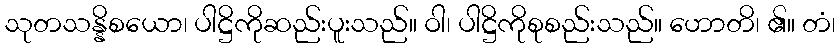
သုတသန္နိစယော၊ ပါဋ္ဌိကိုဆည်းပူးသည်။ ဝါ၊ ပါဋ္ဌိကိုစုစည်းသည်။ ဟောတိ၊ ၏။ တံ၊